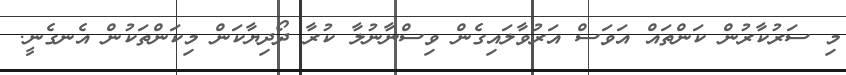
މި ސަރުކާރުން ކަންތައް އަވަސް އަރުވާލައިގެން ވިސްނާނުލާ ކުރާ ދޯދިޔާކަން މިކަންތަކުން އެނގެނީ.